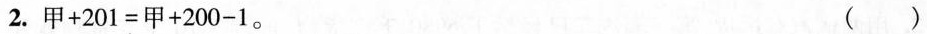
2.$$甲 + 2 0 1 = 甲 + 2 0 0 - 1$$。 ( )